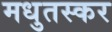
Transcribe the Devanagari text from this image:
मधुतस्कर